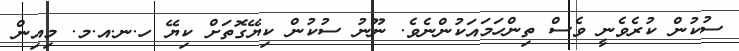
ސުކުން ކުރެވެނީ ވެސް ތިންހަމައަކުންނެވެ. ނޫނު ސުކުން ކިޔޭގޮތަށް ކިޔޭ ހ.ނ.އ.މ. މިއިން